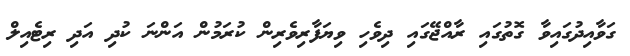
ގަވާއިދުގައިވާ ގޮތުގައި ރާއްޖޭގައި ދިވެހި ވިޔަފާރިވެރިން ކުރަމުން އަންނަ ކުދި އަދި ރިޓެއިލް